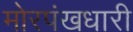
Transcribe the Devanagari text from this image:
मोरपंखधारी